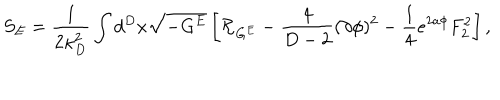
S _ { E } = { \frac { 1 } { 2 \kappa _ { D } ^ { 2 } } } \int d ^ { D } x \sqrt { - G ^ { E } } \left[ { \cal R } _ { G ^ { E } } - { \frac { 4 } { D - 2 } } ( \partial \phi ) ^ { 2 } - { \frac { 1 } { 4 } } e ^ { 2 a \phi } F _ { 2 } ^ { 2 } \right] ,